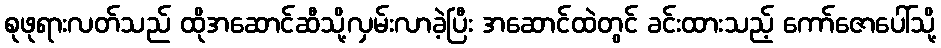
စုဖုရားလတ်သည် ထိုအဆောင်ဆီသို့လှမ်းလာခဲ့ပြီး အဆောင်ထဲတွင် ခင်းထားသည့် ကော်ဇောပေါ်သို့